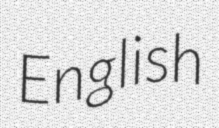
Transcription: English